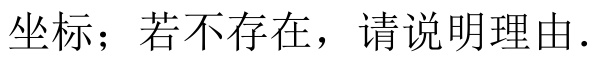
坐标；若不存在，请说明理由.